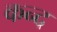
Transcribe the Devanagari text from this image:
कन्‍द